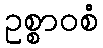
ဥစ္စာဝစံ